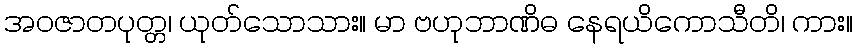
အဝဇာတပုတ္တ၊ ယုတ်သောသား။ မာ ဗဟုဘာဏိဓ နေရယိကောသီတိ၊ ကား။